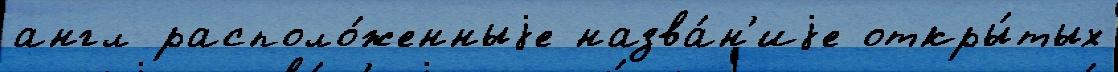
англ располо́женныjе назва́н'иjе откры́тых